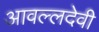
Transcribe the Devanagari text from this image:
आवल्लदेवी